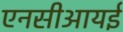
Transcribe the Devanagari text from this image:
एनसीआयई